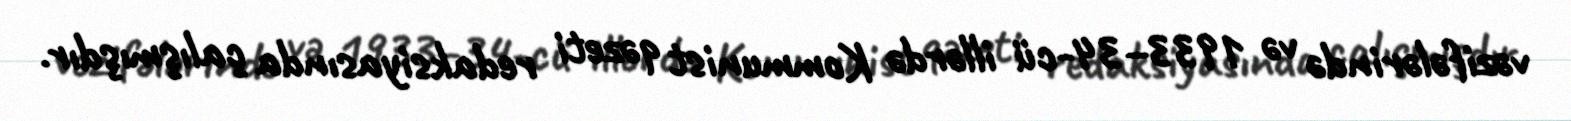
vəzifələrində və 1933–34-cü illərdə Kommunist qəzeti redaksiyasında çalışmışdır.